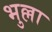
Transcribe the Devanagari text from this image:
भुल्ला